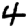
Digit: 4